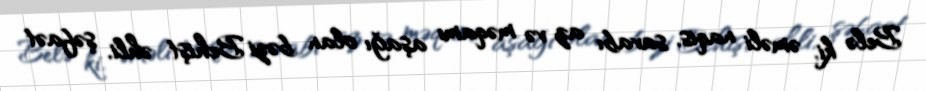
Belə ki, əməli naqis, savabı az və məqamı aşağı olan bəzi Behişt əhli, şəfaət